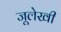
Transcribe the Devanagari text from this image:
जूलेखी